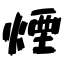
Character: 煙